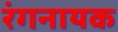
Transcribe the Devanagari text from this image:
रंगनायक